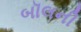
બૉલની